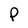
Character: P